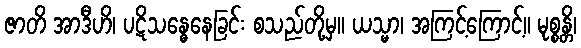
ဇာတိ အာဒီဟိ၊ ပဋိသန္ဓေနေခြင်း စသည်တို့မှ။ ယသ္မာ၊ အကြင့်ကြောင့်။ မုစ္စန္တိ၊